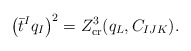
\begin{align*}\left(\bar t^I q_I \right)^2 = Z^{3}_{\rm cr} (q_L, C_{IJK}).\end{align*}